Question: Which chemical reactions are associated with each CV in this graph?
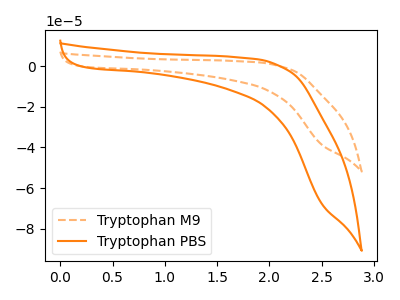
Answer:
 <answer>The orange dashed curve is labeled "Tryptophan M9". The orange curve is labeled "Tryptophan PBS".</answer>
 <eval></eval>